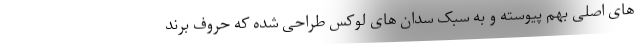
های اصلی بهم پیوسته و به سبک سدان های لوکس طراحی شده که حروف برند